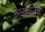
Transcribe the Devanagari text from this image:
ब्रेअकोउट